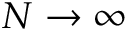
N \rightarrow \infty